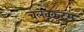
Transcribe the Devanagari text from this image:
चेलवकुटुम